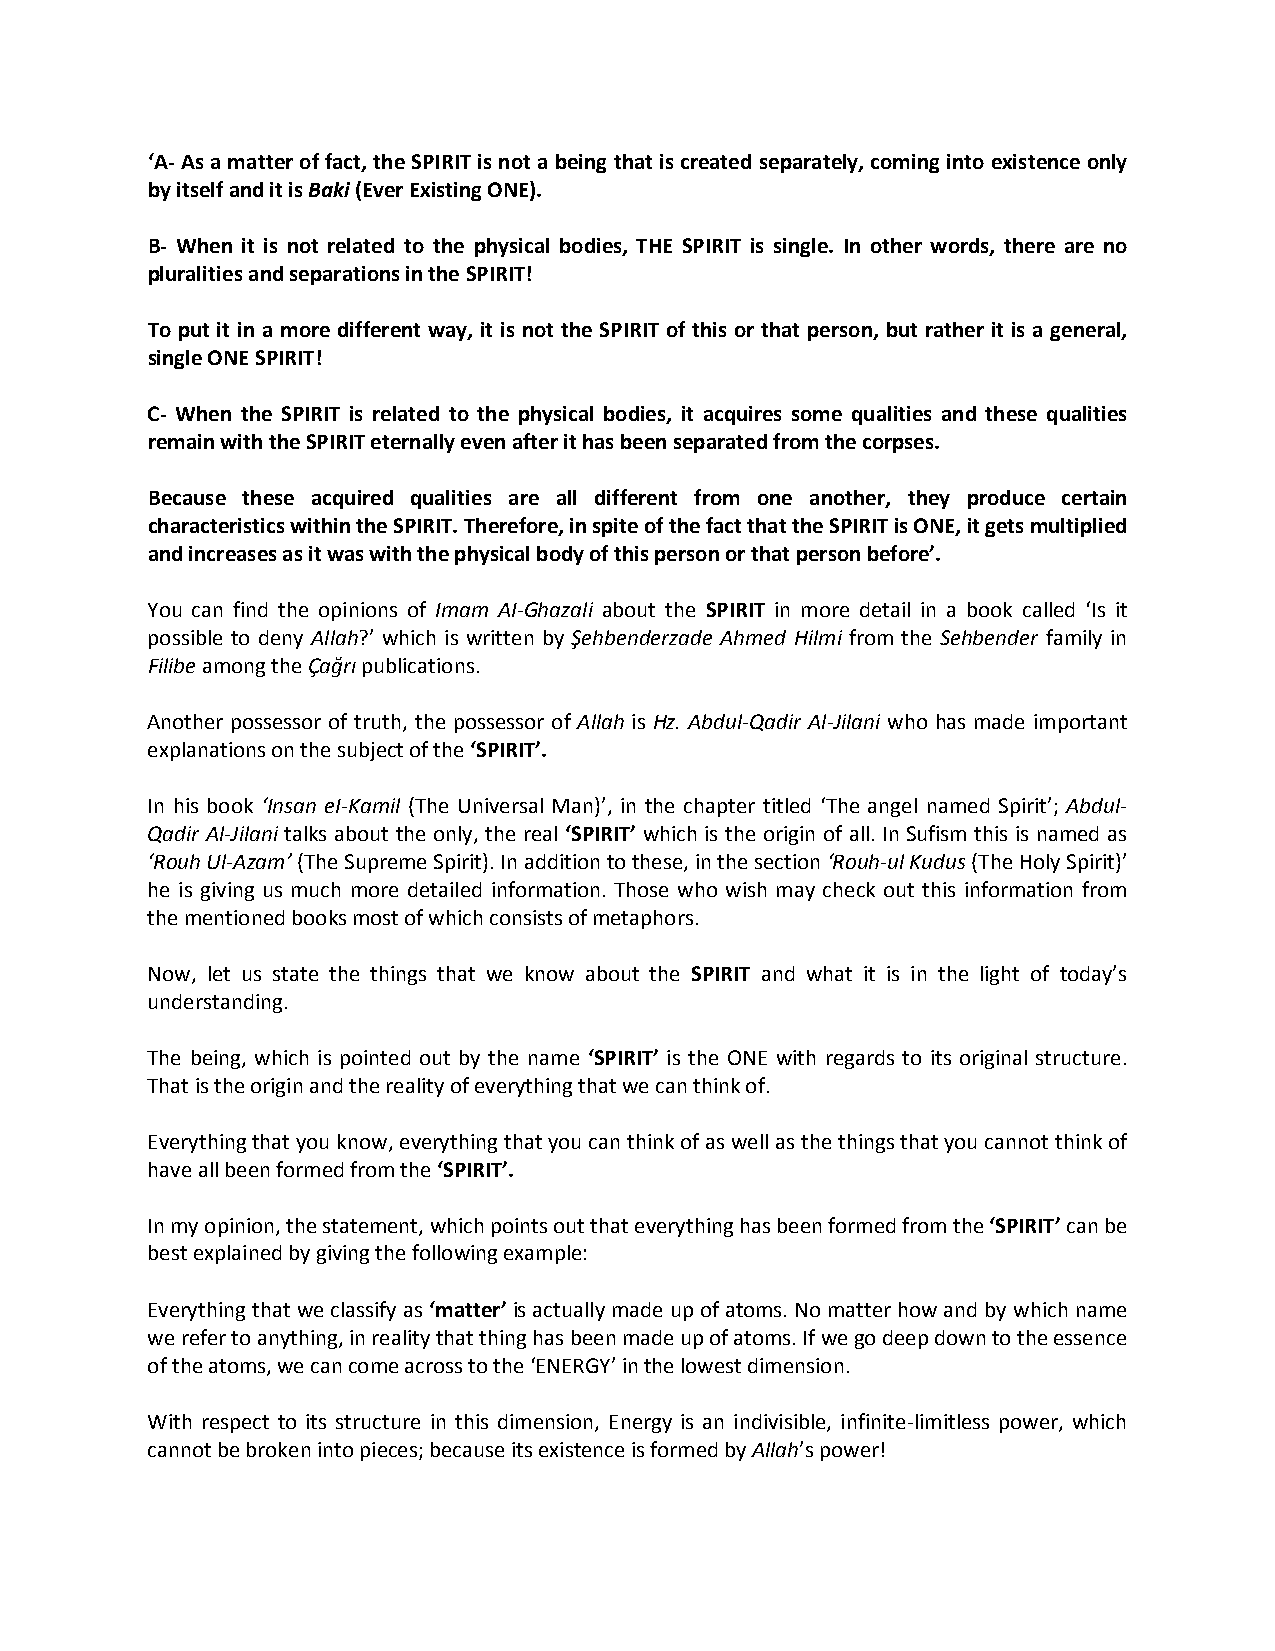
‘A- As a matter of fact, the SPIRIT is not a being that is created separately, coming into existence only
 by itself and it is Baki (Ever Existing ONE).
 B- When it is not related to the physical bodies, THE SPIRIT is single. In other words, there are no
 pluralities and separations in the SPIRIT!
 To put it in a more different way, it is not the SPIRIT of this or that person, but rather it is a general,
 single ONE SPIRIT!
 C- When the SPIRIT is related to the physical bodies, it acquires some qualities and these qualities
 remain with the SPIRIT eternally even after it has been separated from the corpses.
 Because these acquired qualities are all different from one another, they produce certain
 characteristics within the SPIRIT. Therefore, in spite of the fact that the SPIRIT is ONE, it gets multiplied
 and increases as it was with the physical body of this person or that person before’.
 You can find the opinions of Imam AI-Ghazali about the SPIRIT in more detail in a book called ‘Is it
 possible to deny Allah?’ which is written by Şehbenderzade Ahmed Hilmi from the Sehbender family in
 Filibe among the Çağrı publications.
 Another possessor of truth, the possessor of Allah is Hz. Abdul-Qadir Al-Jilani who has made important
 explanations on the subject of the ‘SPIRIT’.
 In his book ‘Insan eI-Kamil (The Universal Man)’, in the chapter titled ‘The angel named Spirit’; Abdul-
 Qadir Al-Jilani talks about the only, the real ‘SPIRIT’ which is the origin of all. In Sufism this is named as
 ‘Rouh Ul-Azam’ (The Supreme Spirit). In addition to these, in the section ‘Rouh-ul Kudus (The Holy Spirit)’
 he is giving us much more detailed information. Those who wish may check out this information from
 the mentioned books most of which consists of metaphors.
 Now, let us state the things that we know about the SPIRIT and what it is in the light of today’s
 understanding.
 The being, which is pointed out by the name ‘SPIRIT’ is the ONE with regards to its original structure.
 That is the origin and the reality of everything that we can think of.
 Everything that you know, everything that you can think of as well as the things that you cannot think of
 have all been formed from the ‘SPIRIT’.
 In my opinion, the statement, which points out that everything has been formed from the ‘SPIRIT’ can be
 best explained by giving the following example:
 Everything that we classify as ‘matter’ is actually made up of atoms. No matter how and by which name
 we refer to anything, in reality that thing has been made up of atoms. If we go deep down to the essence
 of the atoms, we can come across to the ‘ENERGY’ in the lowest dimension.
 With respect to its structure in this dimension, Energy is an indivisible, infinite-limitless power, which
 cannot be broken into pieces; because its existence is formed by Allah’s power!